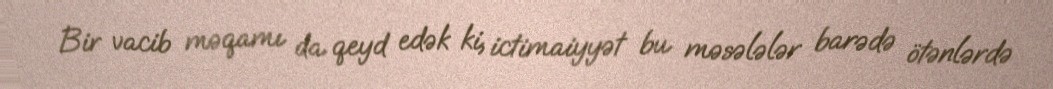
Bir vacib məqamı da qeyd edək ki, ictimaiyyət bu məsələlər barədə ötənlərdə